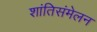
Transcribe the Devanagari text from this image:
शांतिसंमेलन